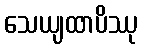
သေယျထာပိဿု